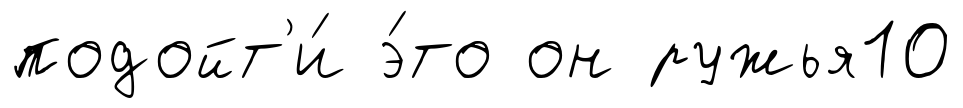
подойт'и́ э́то он ружья10